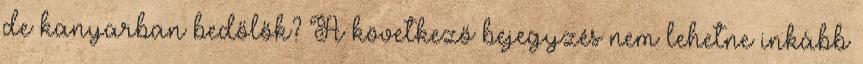
de kanyarban bedőlők? A következő bejegyzés nem lehetne inkább